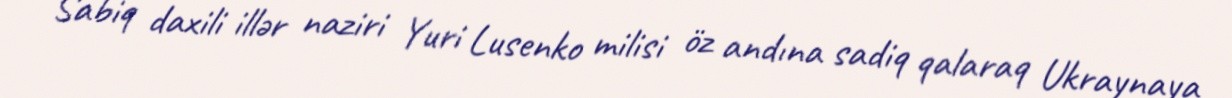
Sabiq daxili illər naziri Yuri Lusenko milisi öz andına sadiq qalaraq Ukraynaya